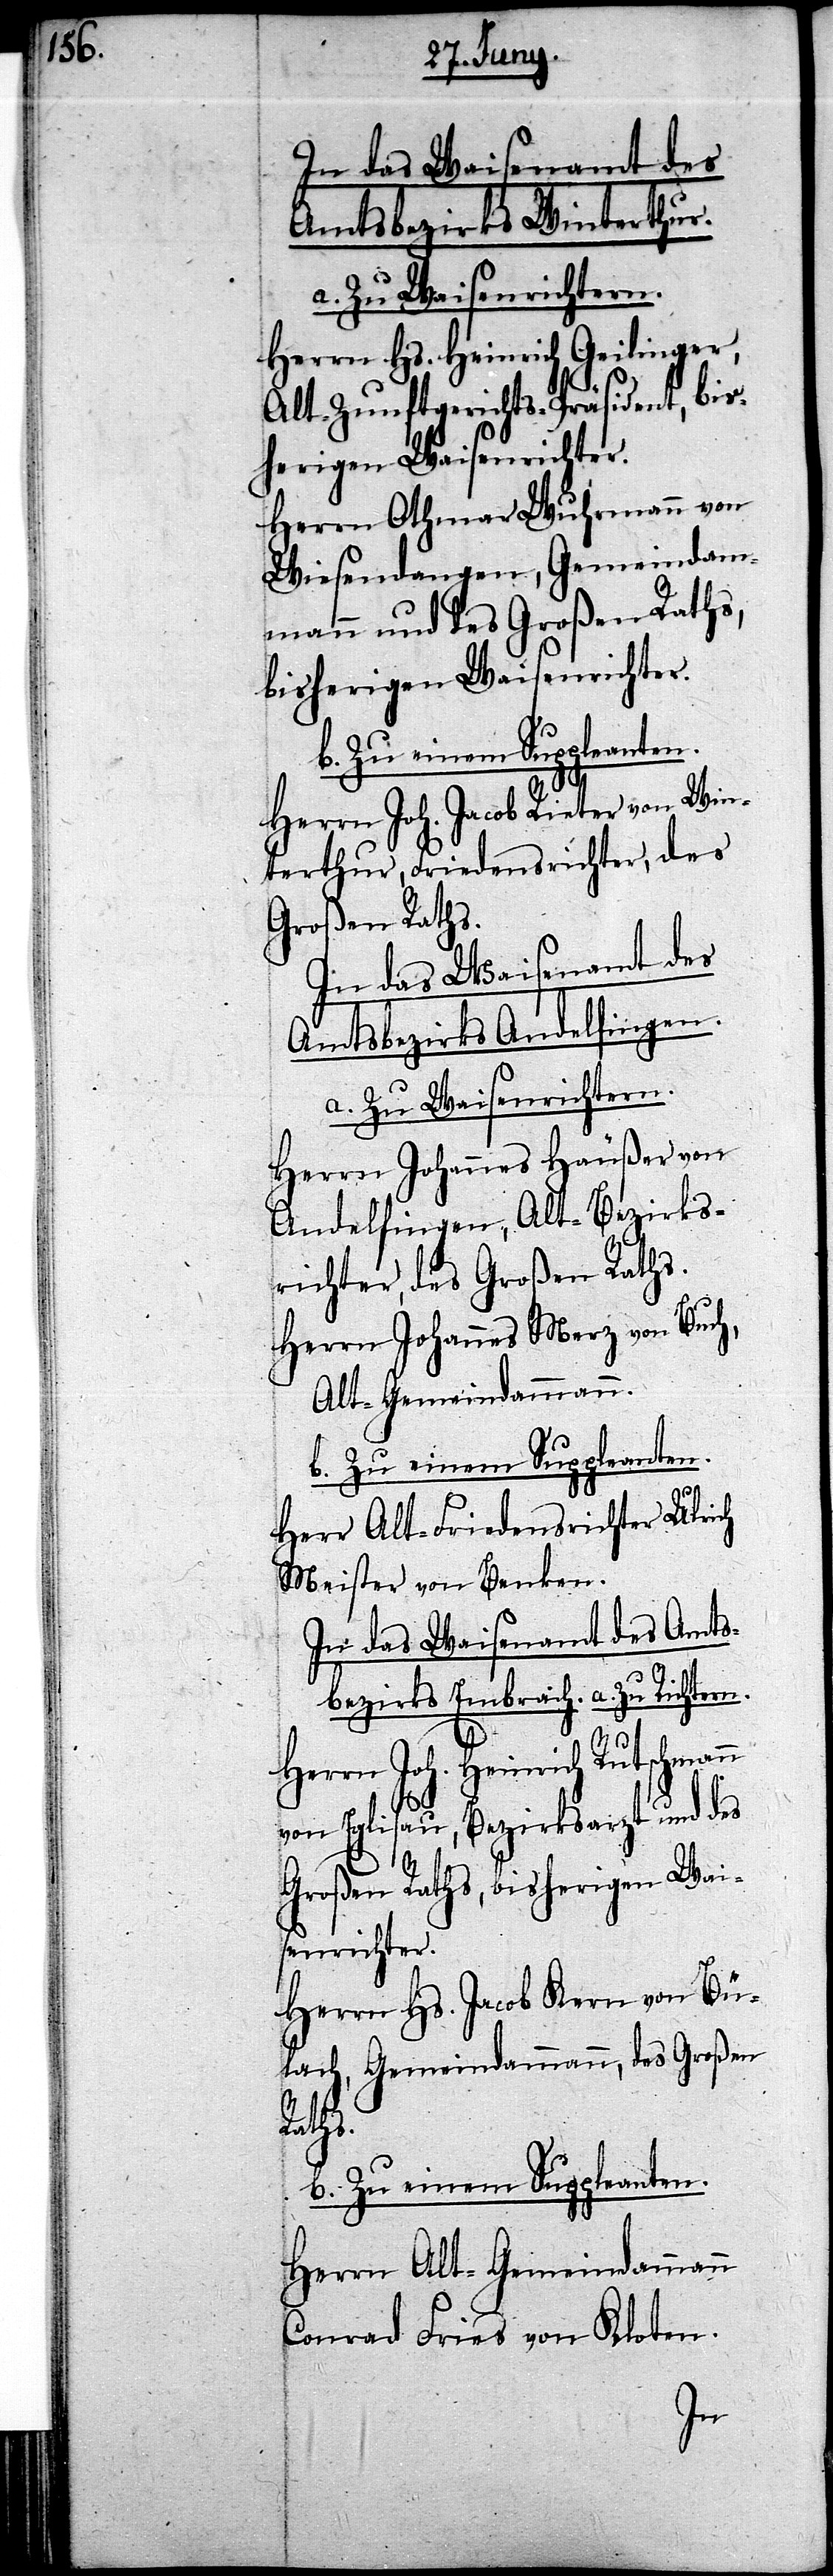
In das Waisenamt des
Amtsbezirks Winterthur.
a. Zu Waisenrichtern.
Herrn Hs. Heinrich Geilinger,
Alt-Zunftgerichts-Präsident, bis¬
herigen Waisenrichter.
Herrn Othmar Wuhrmann von
Wiesendangen, Gemeindam¬
mann und des Großen Raths,
bisherigen Waisenrichter.
Herrn Joh. Jacob Rieter von Win¬
terthur, Friedensrichter, des
Großen Raths.
In das Waisenamt des
Amtsbezirks Andelfingen.
a. Zu Waisenrichtern.
Herrn Johannes Häußer von
Andelfingen, Alt-Bezirks¬
richter, des Großen Raths.
Herrn Johannes Merz von Buch,
Alt-Gemeindammann.
b. Zu einem Suppleanten.
Herr Alt-Friedensrichter Ulrich
Meister von Benken.
In das Waisenamt des Amts¬
bezirks Embrach. a. zu Richtern.
schmann
Herrn Joh. Heinrich Rut¬
von Eglisau, Bezirksarzt und des
Großen Raths, bisherigen Wai¬
senrichter.
Herrn Hs. Jacob Kern von Bül¬
ach, Gemeindammann, des Großen
Raths.
b. Zu einem Suppleanten.
Herrn Alt-Gemeindammann
Conrad Fries von Kloten.